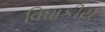
વિધાકીય